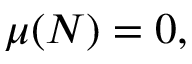
{ \mu ( N ) = 0 } ,